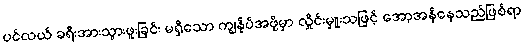
ပင်လယ် ခရီးအားသွားဖူးခြင်း မရှိသော ကျွန်ုပ်အဖို့မှာ လှိုင်းမှူးသဖြင့် အော့အန်နေသည်ဖြစ်ရာ